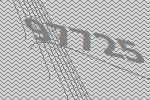
97725